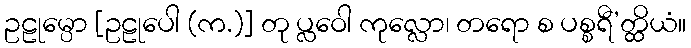
ဥဠုမ္ပော [ဥဠုပေါ (က.)] တု ပ္လဝေါ ကုလ္လော၊ တရော စ ပစ္စရီ’တ္ထိယံ။